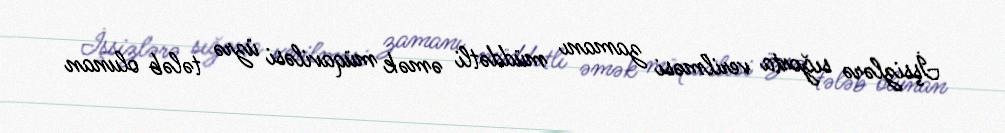
İşsizlərə sığorta verilməsi zamanı müddətli əmək müqaviləsi üzrə tələb olunan